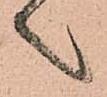
之